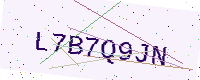
Text: L7B7Q9JN